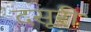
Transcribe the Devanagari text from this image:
दसूरी